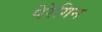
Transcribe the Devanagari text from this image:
पेरेगिन